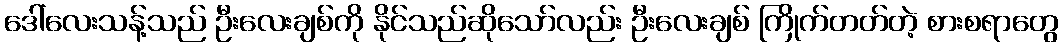
ဒေါ်လေးသန့်သည် ဦးလေးချစ်ကို နိုင်သည်ဆိုသော်လည်း ဦးလေးချစ် ကြိုက်တတ်တဲ့ စားစရာတွေ